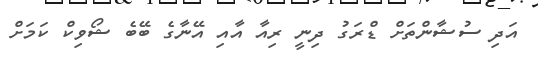
އަދި ސުޝާންތަށް ޑްރަގު ދިނީ ރިއާ އާއި އޭނާގެ ބޭބެ ޝޯވިކް ކަމަށް